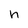
Character: h